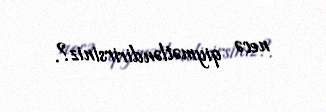
necə qiymətləndirirsiniz?.